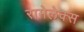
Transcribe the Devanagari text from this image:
रामेलेक्स